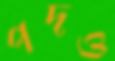
পদও